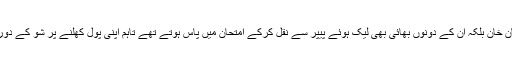
سلیم خان کے انکشاف سے واضح ہوتا ہے کہ نہ صرف سلمان خان بلکہ ان کے دونوں بھائی بھی لیک ہوئے پیپر سے نقل کرکے امتحان میں پاس ہوتے تھے تاہم اپنی پول کھلنے پر شو کے دوران تینوں بھائی غصہ ہونے کے بجائے مسلسل ہنستے رہے۔